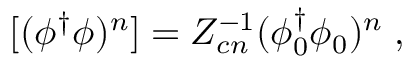
[ ( \phi ^ { \dagger } \phi ) ^ { n } ] = Z _ { c n } ^ { - 1 } ( \phi _ { 0 } ^ { \dagger } \phi _ { 0 } ) ^ { n } \; ,